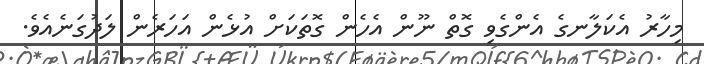
މިހާރު އެކަލާނގެ އެންގެވި ގޮތް ނޫން އެހެން ގޮތަކަށް އުޅެން އަހަރެން ލަދުގަނެއެވެ.